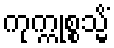
ကုက္ကုစ္စသ္မိံ